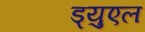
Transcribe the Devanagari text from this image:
ड्युएल